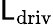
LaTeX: \mathsf{L}_{\mathrm{{driv}}}